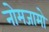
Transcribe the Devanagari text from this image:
नोमजामो